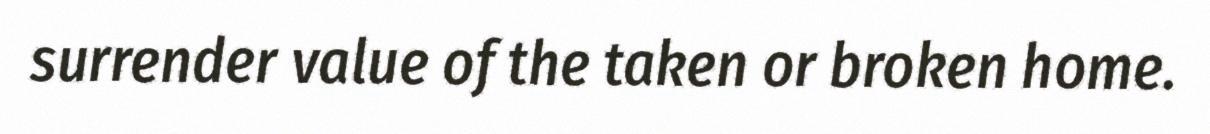
surrender value of the taken or broken home.